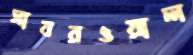
সাবরওয়াল